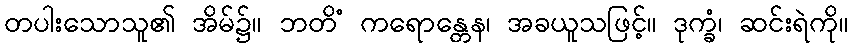
တပါးသောသူ၏ အိမ်၌။ ဘတိံ ကရောန္တေန၊ အခယူသဖြင့်။ ဒုက္ခံ၊ ဆင်းရဲကို။